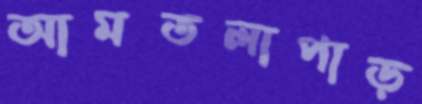
আমতলাপাড়